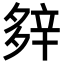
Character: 𨐔